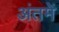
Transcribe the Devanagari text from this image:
अंतमें